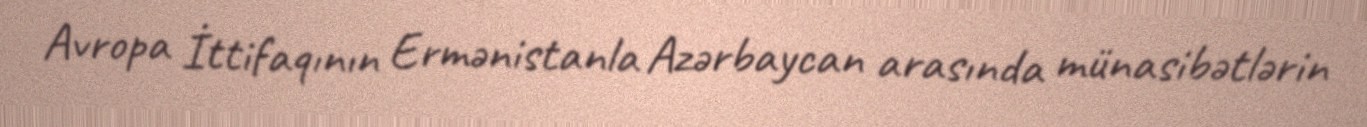
Avropa İttifaqının Ermənistanla Azərbaycan arasında münasibətlərin